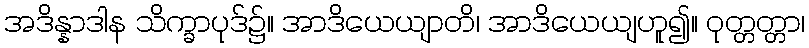
အဒိန္နာဒါန သိက္ခာပုဒ်၌။ အာဒိယေယျာတိ၊ အာဒိယေယျဟူ၍။ ဝုတ္တတ္တာ၊